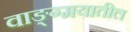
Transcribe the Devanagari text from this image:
वाङ्ग्मयातील